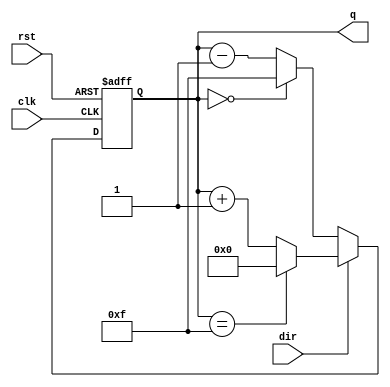
`timescale 1ns / 1ps
module nbitupdown #(parameter n=15,parameter width=4)(rst,clk,q,dir);
output reg [3:0]q;
input dir,clk,rst;

always@(posedge clk or negedge rst)
if(!rst)
begin
q<=0;
end
	else
		begin
			if(dir==1)begin
			if(q==4'b1111)begin
				q<=4'b0000;
				end
				else
				begin
				q<=q+1;
				end
				end
		else begin
		if(q==4'b0000)begin
				q<=4'b1111;
				end
				else begin
				q<=q-1;
				end
				end
				end
				
endmodule